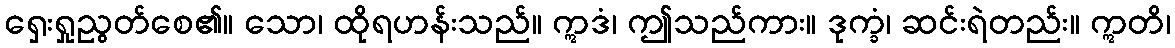
ရှေးရှုညွတ်စေ၏။ သော၊ ထိုရဟန်းသည်။ ဣဒံ၊ ဤသည်ကား။ ဒုက္ခံ၊ ဆင်းရဲတည်း။ ဣတိ၊